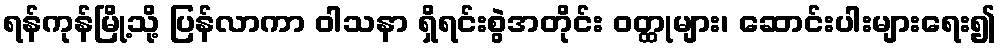
ရန်ကုန်မြို့သို့ ပြန်လာကာ ဝါသနာ ရှိရင်းစွဲအတိုင်း ဝတ္ထုများ၊ ဆောင်းပါးများရေး၍